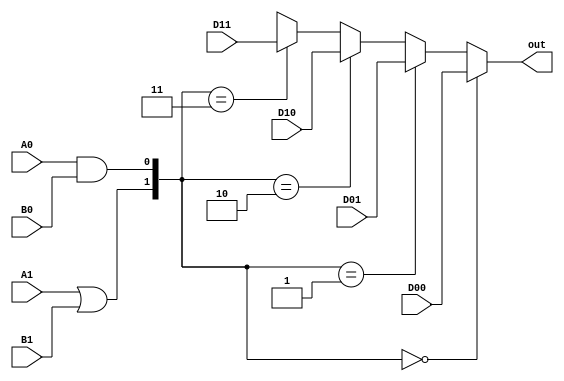
module C2 #(parameter N = 1) (D00, D01, D10, D11, A1, B1, A0, B0, out);
	input[N-1:0] D00, D01, D10, D11;
	input A1, B1, A0, B0;
	output[N-1:0] out;
	wire S1, S0;
	assign S1 = A1 | B1;
	assign S0 = A0 & B0;
	assign out = ({S1, S0} == 2'b00) ? D00 :
			({S1, S0} == 2'b01) ? D01 :
			({S1, S0} == 2'b10) ? D10 :
			({S1, S0} == 2'b11) ? D11 : 2'bxx;
endmodule